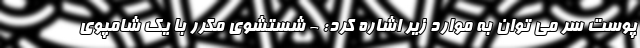
پوست سر می توان به موارد زیر اشاره کرد: - شستشوی مکرر با یک شامپوی